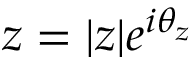
z = | z | e ^ { i \theta _ { z } }